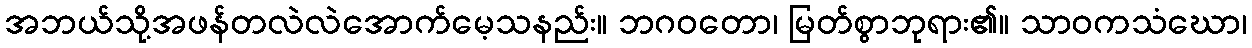
အဘယ်သို့အဖန်တလဲလဲအောက်မေ့သနည်း။ ဘဂဝတော၊ မြတ်စွာဘုရား၏။ သာဝကသံဃော၊